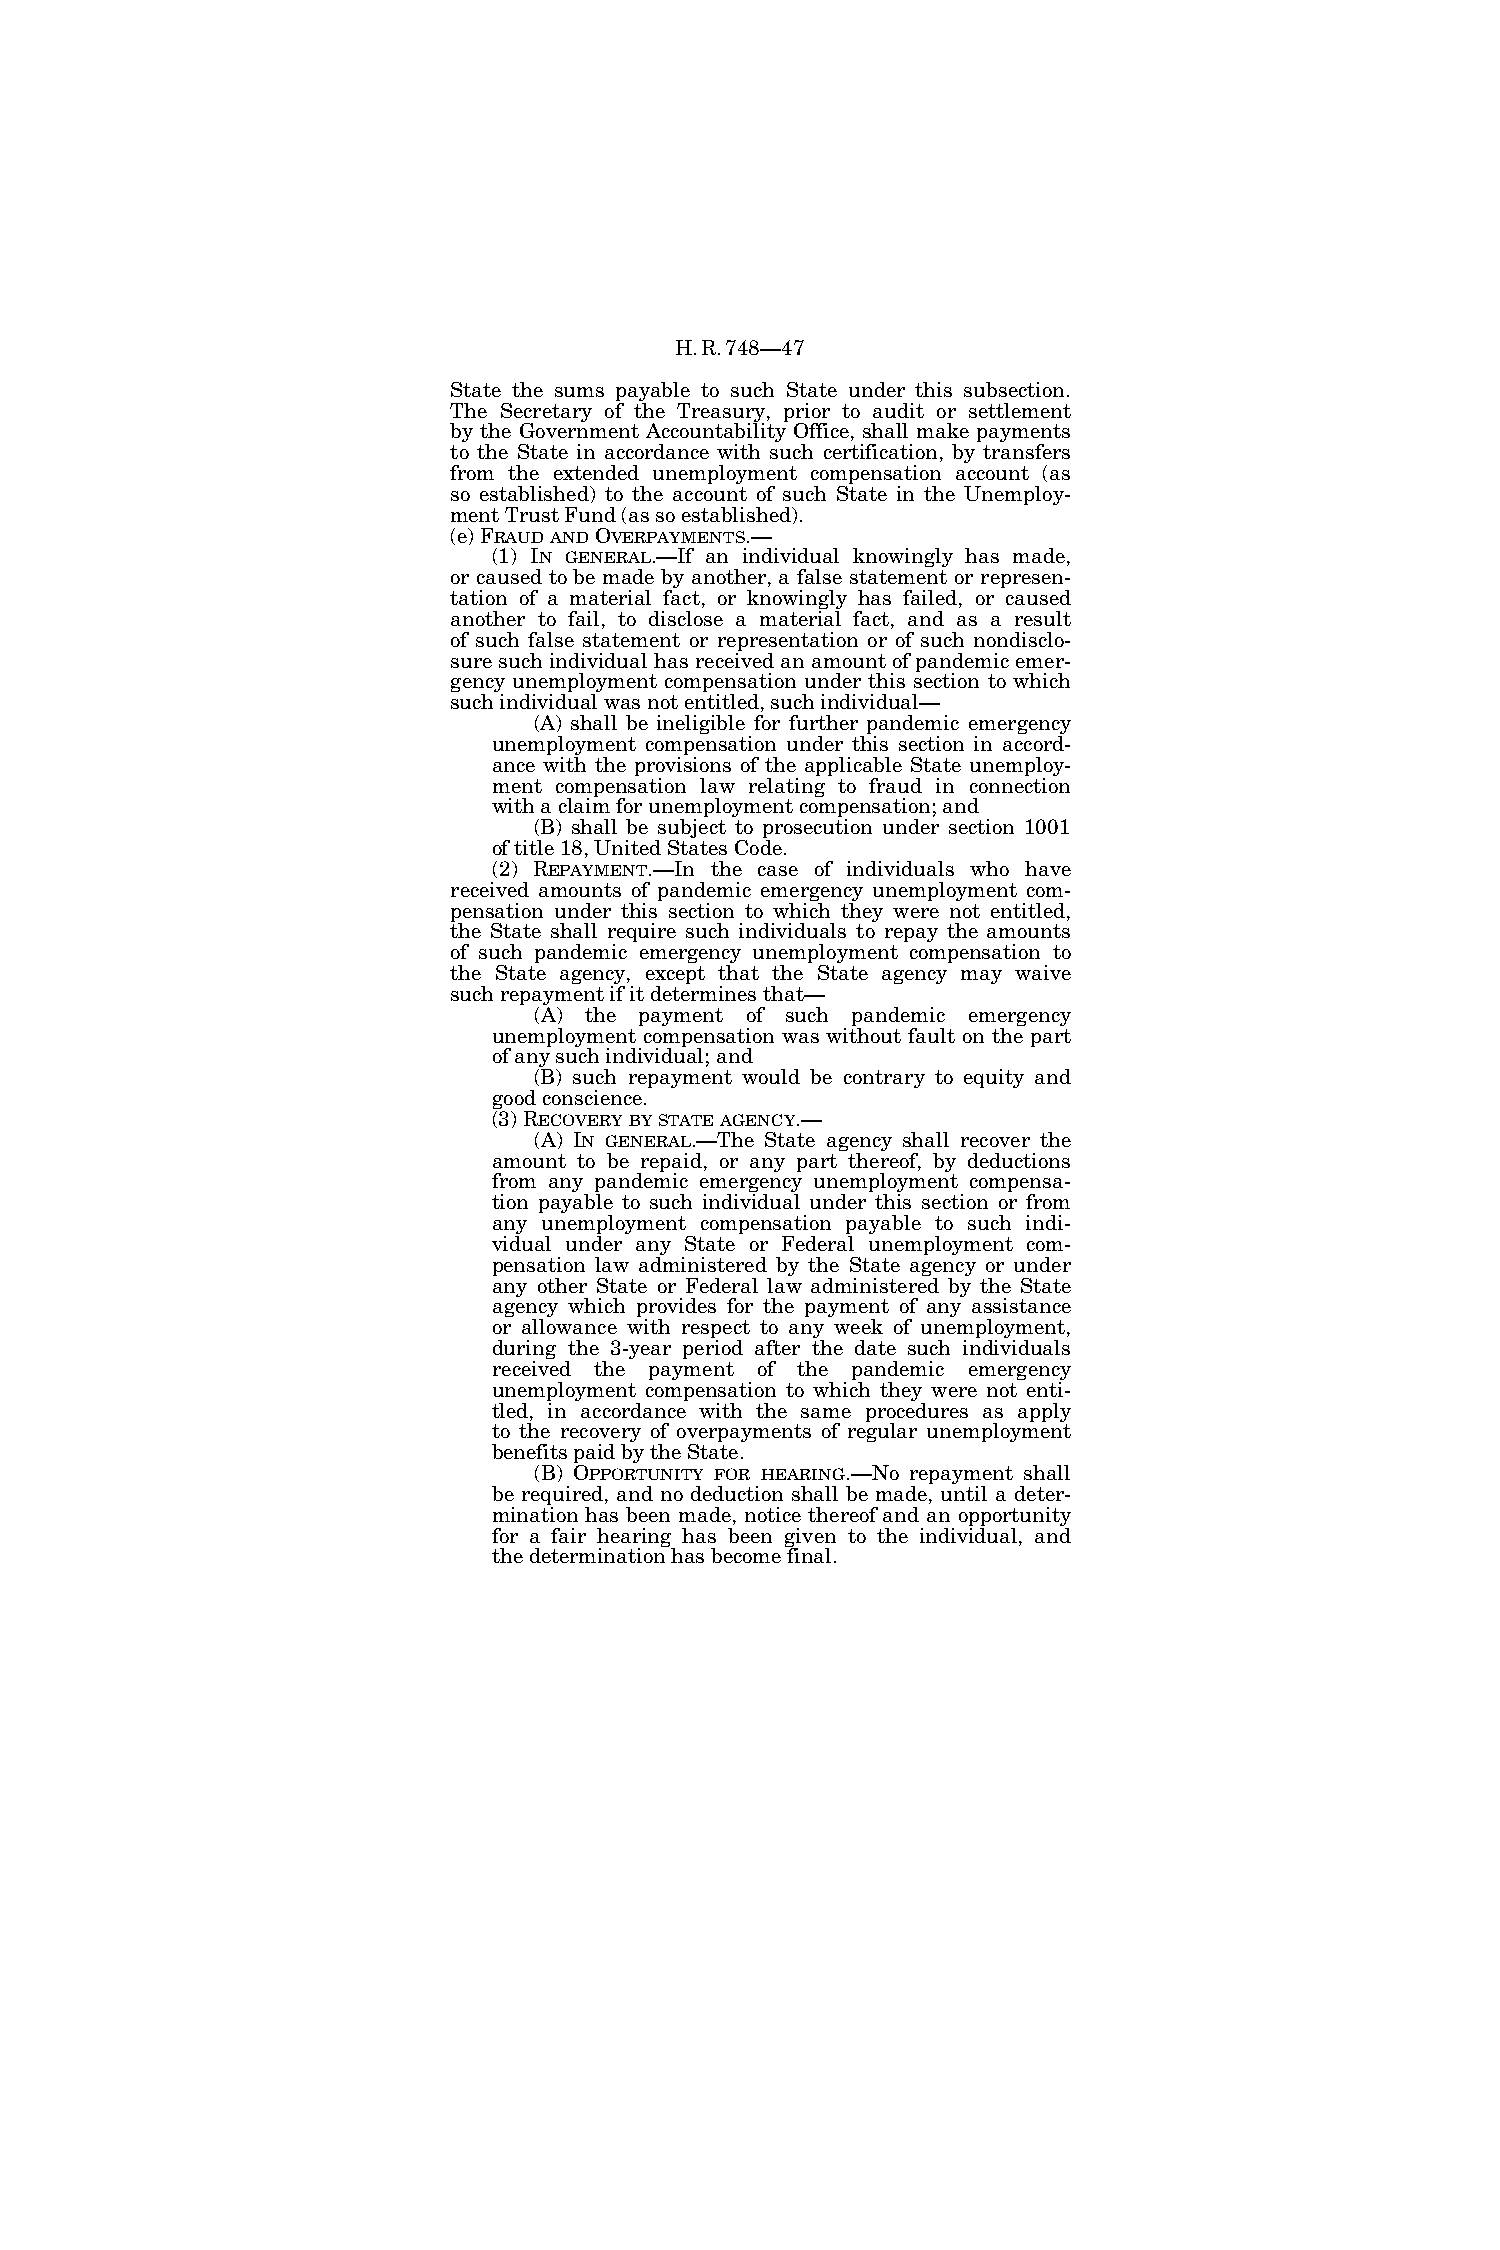
H.R.748—47
 State the sums payable to such State under this subsection.
 The Secretary of the Treasury, prior to audit or settlement
 by the Government Accountability Office, shall make payments
 to the State in accordance with such certification, by transfers
 from the extended unemployment compensation account (as
 so established) to the account of such State in the Unemploy-
 ment Trust Fund (as so established).
 (e) FRAUDANDOVERPAYMENTS.—
 (1) IN GENERAL.—If an individual knowingly has made,
 or caused to be made by another, a false statement or represen-
 tation of a material fact, or knowingly has failed, or caused
 another to fail, to disclose a material fact, and as a result
 of such false statement or representation or of such nondisclo-
 sure such individual has received an amount of pandemic emer-
 gency unemployment compensation under this section to which
 such individual was not entitled, such individual—
 (A) shall be ineligible for further pandemic emergency
 unemployment compensation under this section in accord-
 ance with the provisions of the applicable State unemploy-
 ment compensation law relating to fraud in connection
 with a claim for unemployment compensation; and
 (B) shall be subject to prosecution under section 1001
 of title 18, United States Code.
 (2) REPAYMENT.—In the case of individuals who have
 received amounts of pandemic emergency unemployment com-
 pensation under this section to which they were not entitled,
 the State shall require such individuals to repay the amounts
 of such pandemic emergency unemployment compensation to
 the State agency, except that the State agency may waive
 such repayment if it determines that—
 (A) the payment of such pandemic emergency
 unemployment compensation was without fault on the part
 of any such individual; and
 (B) such repayment would be contrary to equity and
 good conscience.
 (3) RECOVERYBYSTATEAGENCY.—
 (A) IN GENERAL.—The State agency shall recover the
 amount to be repaid, or any part thereof, by deductions
 from any pandemic emergency unemployment compensa-
 tion payable to such individual under this section or from
 any unemployment compensation payable to such indi-
 vidual under any State or Federal unemployment com-
 pensation law administered by the State agency or under
 any other State or Federal law administered by the State
 agency which provides for the payment of any assistance
 or allowance with respect to any week of unemployment,
 during the 3-year period after the date such individuals
 received the payment of the pandemic emergency
 unemployment compensation to which they were not enti-
 tled, in accordance with the same procedures as apply
 to the recovery of overpayments of regular unemployment
 benefits paid by the State.
 (B) OPPORTUNITY FOR HEARING.—No repayment shall
 be required, and no deduction shall be made, until a deter-
 mination has been made, notice thereof and an opportunity
 for a fair hearing has been given to the individual, and
 the determination has become final.